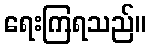
ရေးကြရသည်။